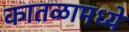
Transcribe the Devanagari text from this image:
कातळामध्ये